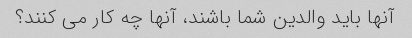
آنها باید والدین شما باشند، آنها چه کار می کنند؟